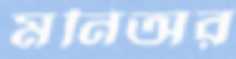
মনিঅর